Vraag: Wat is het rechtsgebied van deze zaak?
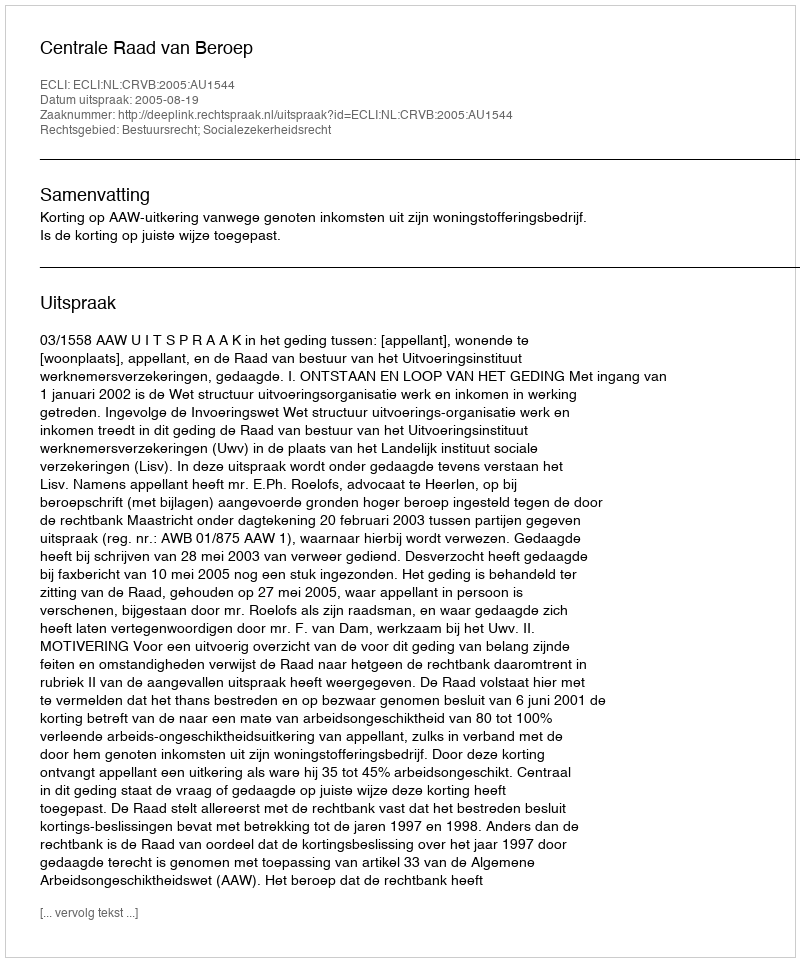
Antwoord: Bestuursrecht; Socialezekerheidsrecht